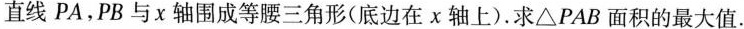
直线PA，PB与χ轴围成等腰三角形(底边在χ轴上).求\triangle PAB面积的最大值.